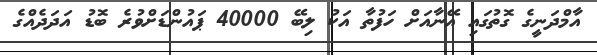
އާމްދަނީގެ ގޮތުގައި އޭނާއަށް ހަފުތާ އަކު ލިބޭ 40000 ޕައުންޑަށްވުރެ ބޮޑު އަދަދެއްގެ